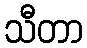
သီတာ